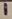
Text: 1